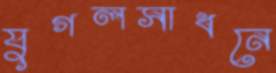
যুগলসাধনে